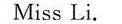
Miss Li.